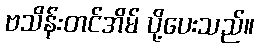
ဗသိန်းတင်အိမ် ပို့ပေးသည်။